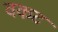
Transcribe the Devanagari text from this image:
वकट